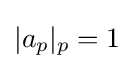
|a_{p}|_{p}=1